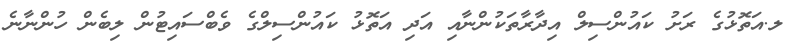
ލ.އަތޮޅުގެ ރަށު ކައުންސިލް އިދާރާތަކުންނާއި އަދި އަތޮޅު ކައުންސިލްގެ ވެބްސައިޓުން ލިބެން ހުންނާނެ